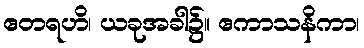
ဧတရဟိ၊ ယခုအခါ၌။ ဧကာသနိကာ၊